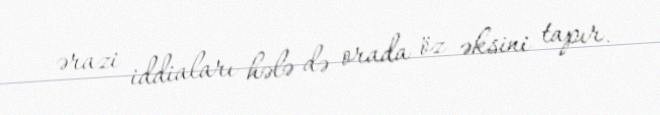
ərazi iddiaları hələ də orada öz əksini tapır.